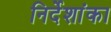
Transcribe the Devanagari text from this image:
निर्देशांका